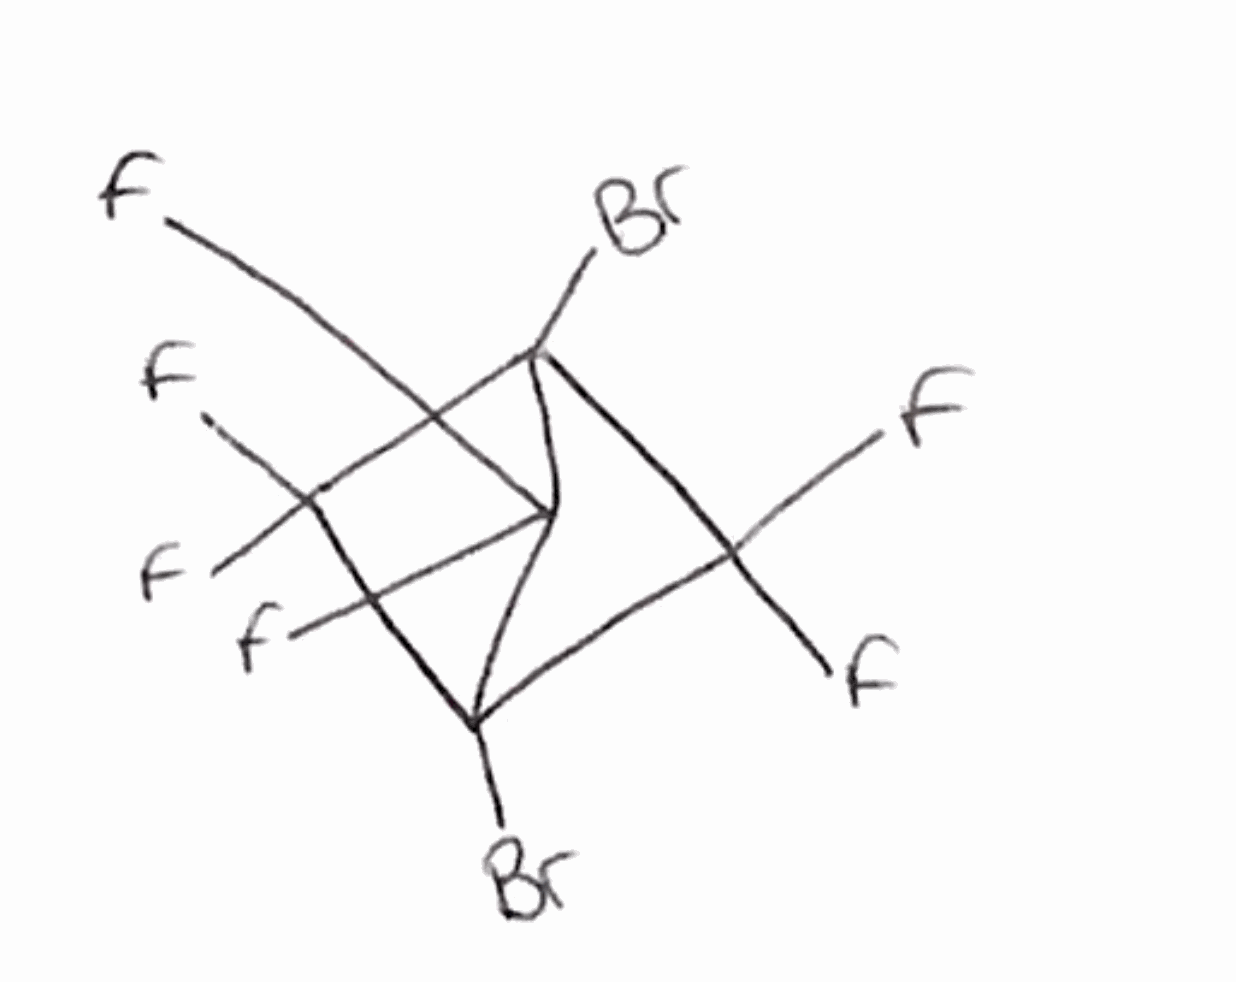
Simplified molecular-input line-entry system (SMILES) notation of the given molecule:
C12(C(C(C1(F)F)(C2(F)F)Br)(F)F)Br